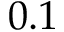
0 . 1